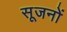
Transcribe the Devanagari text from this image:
सूजनों